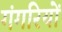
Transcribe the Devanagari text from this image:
गंगरियों